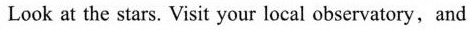
Look at the stars. Visit your local observatory,and